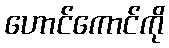
ဟောင်ကောင်ကို